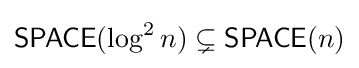
{\mathsf {SPACE}}(\log ^{2}n)\subsetneq {\mathsf {SPACE}}(n)